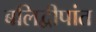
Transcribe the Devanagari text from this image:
बलिद्वीपांत